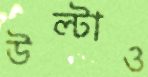
উল্টাও